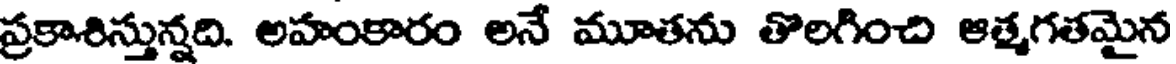
ప్రకాశిస్తున్నది. అహంకారం అనే మూతను తొలగించి ఆత్మగతమైన